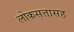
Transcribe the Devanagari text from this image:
लोकसत्तासह